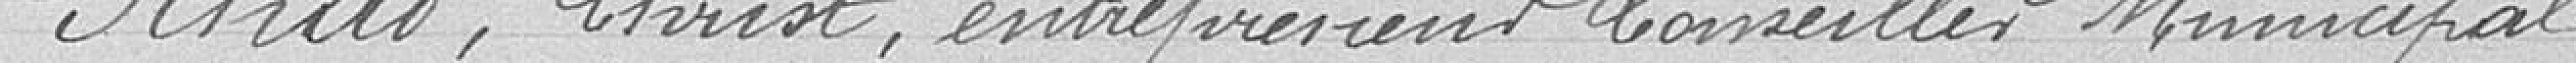
SCHAD Christ, entrepreneur, Conseiller Municipal